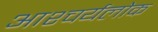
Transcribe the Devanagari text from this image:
आश्चर्यलोक